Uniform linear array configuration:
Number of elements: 48
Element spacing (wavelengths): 1
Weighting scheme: exponential
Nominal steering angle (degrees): -45
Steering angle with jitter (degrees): -43.716
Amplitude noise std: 0.05
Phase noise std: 0.05

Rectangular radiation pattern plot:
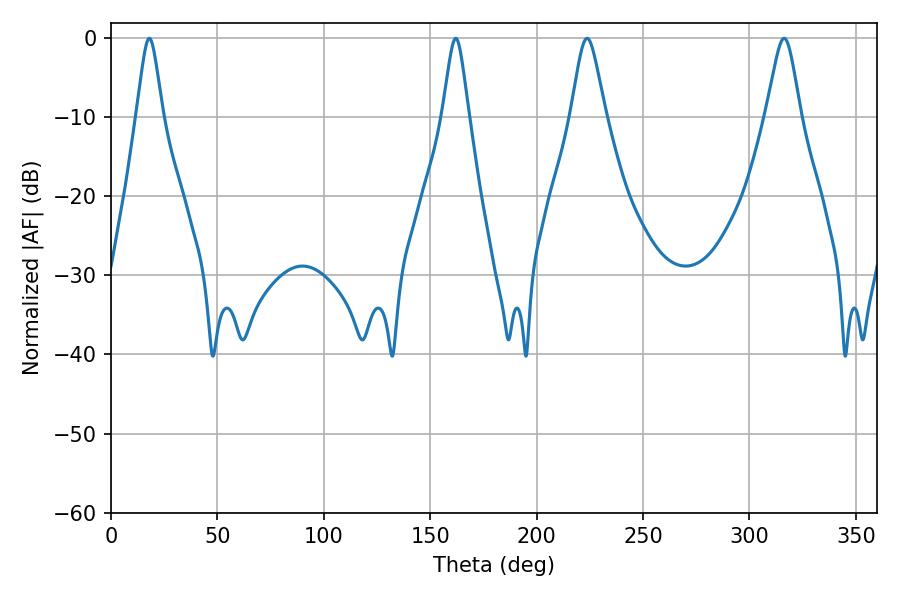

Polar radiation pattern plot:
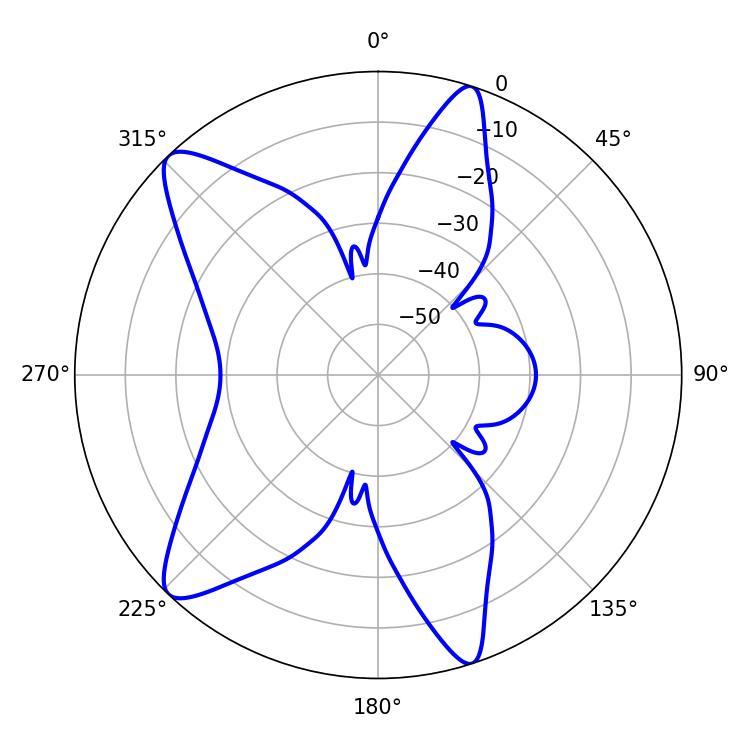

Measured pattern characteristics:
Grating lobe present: TRUE
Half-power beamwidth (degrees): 5.94
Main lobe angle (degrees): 18